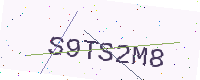
Text: S9TS2M8